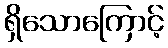
ရှိသောကြောင့်